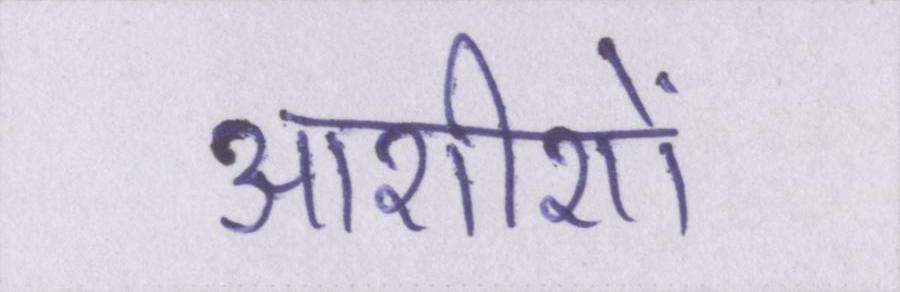
आशीशों